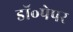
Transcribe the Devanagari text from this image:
डॉ॰पेपर